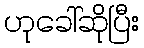
ဟုခေါ်ဆိုပြီး